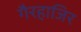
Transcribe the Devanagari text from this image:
गैरहाजिर